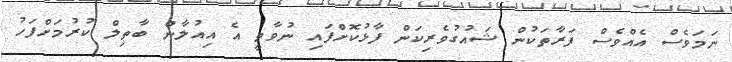
ނަމަވެސް އެއްވެސް ފަރާތަކުން ޝައުގުވެރިކަން ފާޅުކޮށްފައި ނުވާތީ އެ އިއުލާން ބާތިލް ކުރުމަށްފަހު